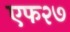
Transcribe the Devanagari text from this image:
एफ२७